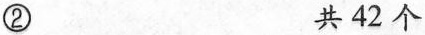
②共42个